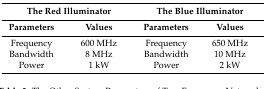
<table><thead><tr><td colspan="2"><b>The Red Illuminator</b></td><td colspan="2"><b>The Blue Illuminator</b></td></tr><tr><td><b>Parameters</b></td><td><b>Values</b></td><td><b>Parameters</b></td><td><b>Values</b></td></tr></thead><tbody><tr><td>Frequency</td><td>600 MHz</td><td>Frequency</td><td>650 MHz</td></tr><tr><td>Bandwidth</td><td>8 MHz</td><td>Bandwidth</td><td>10 MHz</td></tr><tr><td>Power</td><td>1 kW</td><td>Power</td><td>2 kW</td></tr></tbody></table>